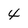
Character: 4